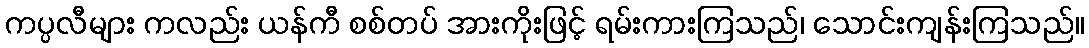
ကပ္ပလီများ ကလည်း ယန်ကီ စစ်တပ် အားကိုးဖြင့် ရမ်းကားကြသည်၊ သောင်းကျန်းကြသည်။